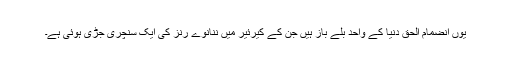
یوں انضمام الحق دنیا کے واحد بلے باز ہیں جن کے کیرئیر میں ننانوے رنز کی ایک سنچری جڑی ہوئی ہے۔